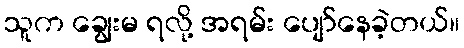
သူက ချွေးမ ရလို့ အရမ်း ပျော်နေခဲ့တယ်။